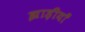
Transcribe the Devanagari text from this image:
झाड़ीयाँ